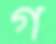
গ